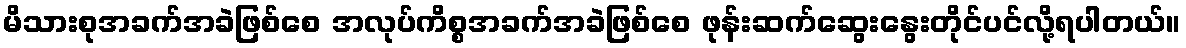
မိသားစုအခက်အခဲဖြစ်စေ အလုပ်ကိစ္စအခက်အခဲဖြစ်စေ ဖုန်းဆက်ဆွေးနွေးတိုင်ပင်လို့ရပါတယ်။